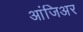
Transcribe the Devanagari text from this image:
आंजिअर